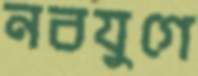
নবযুগে